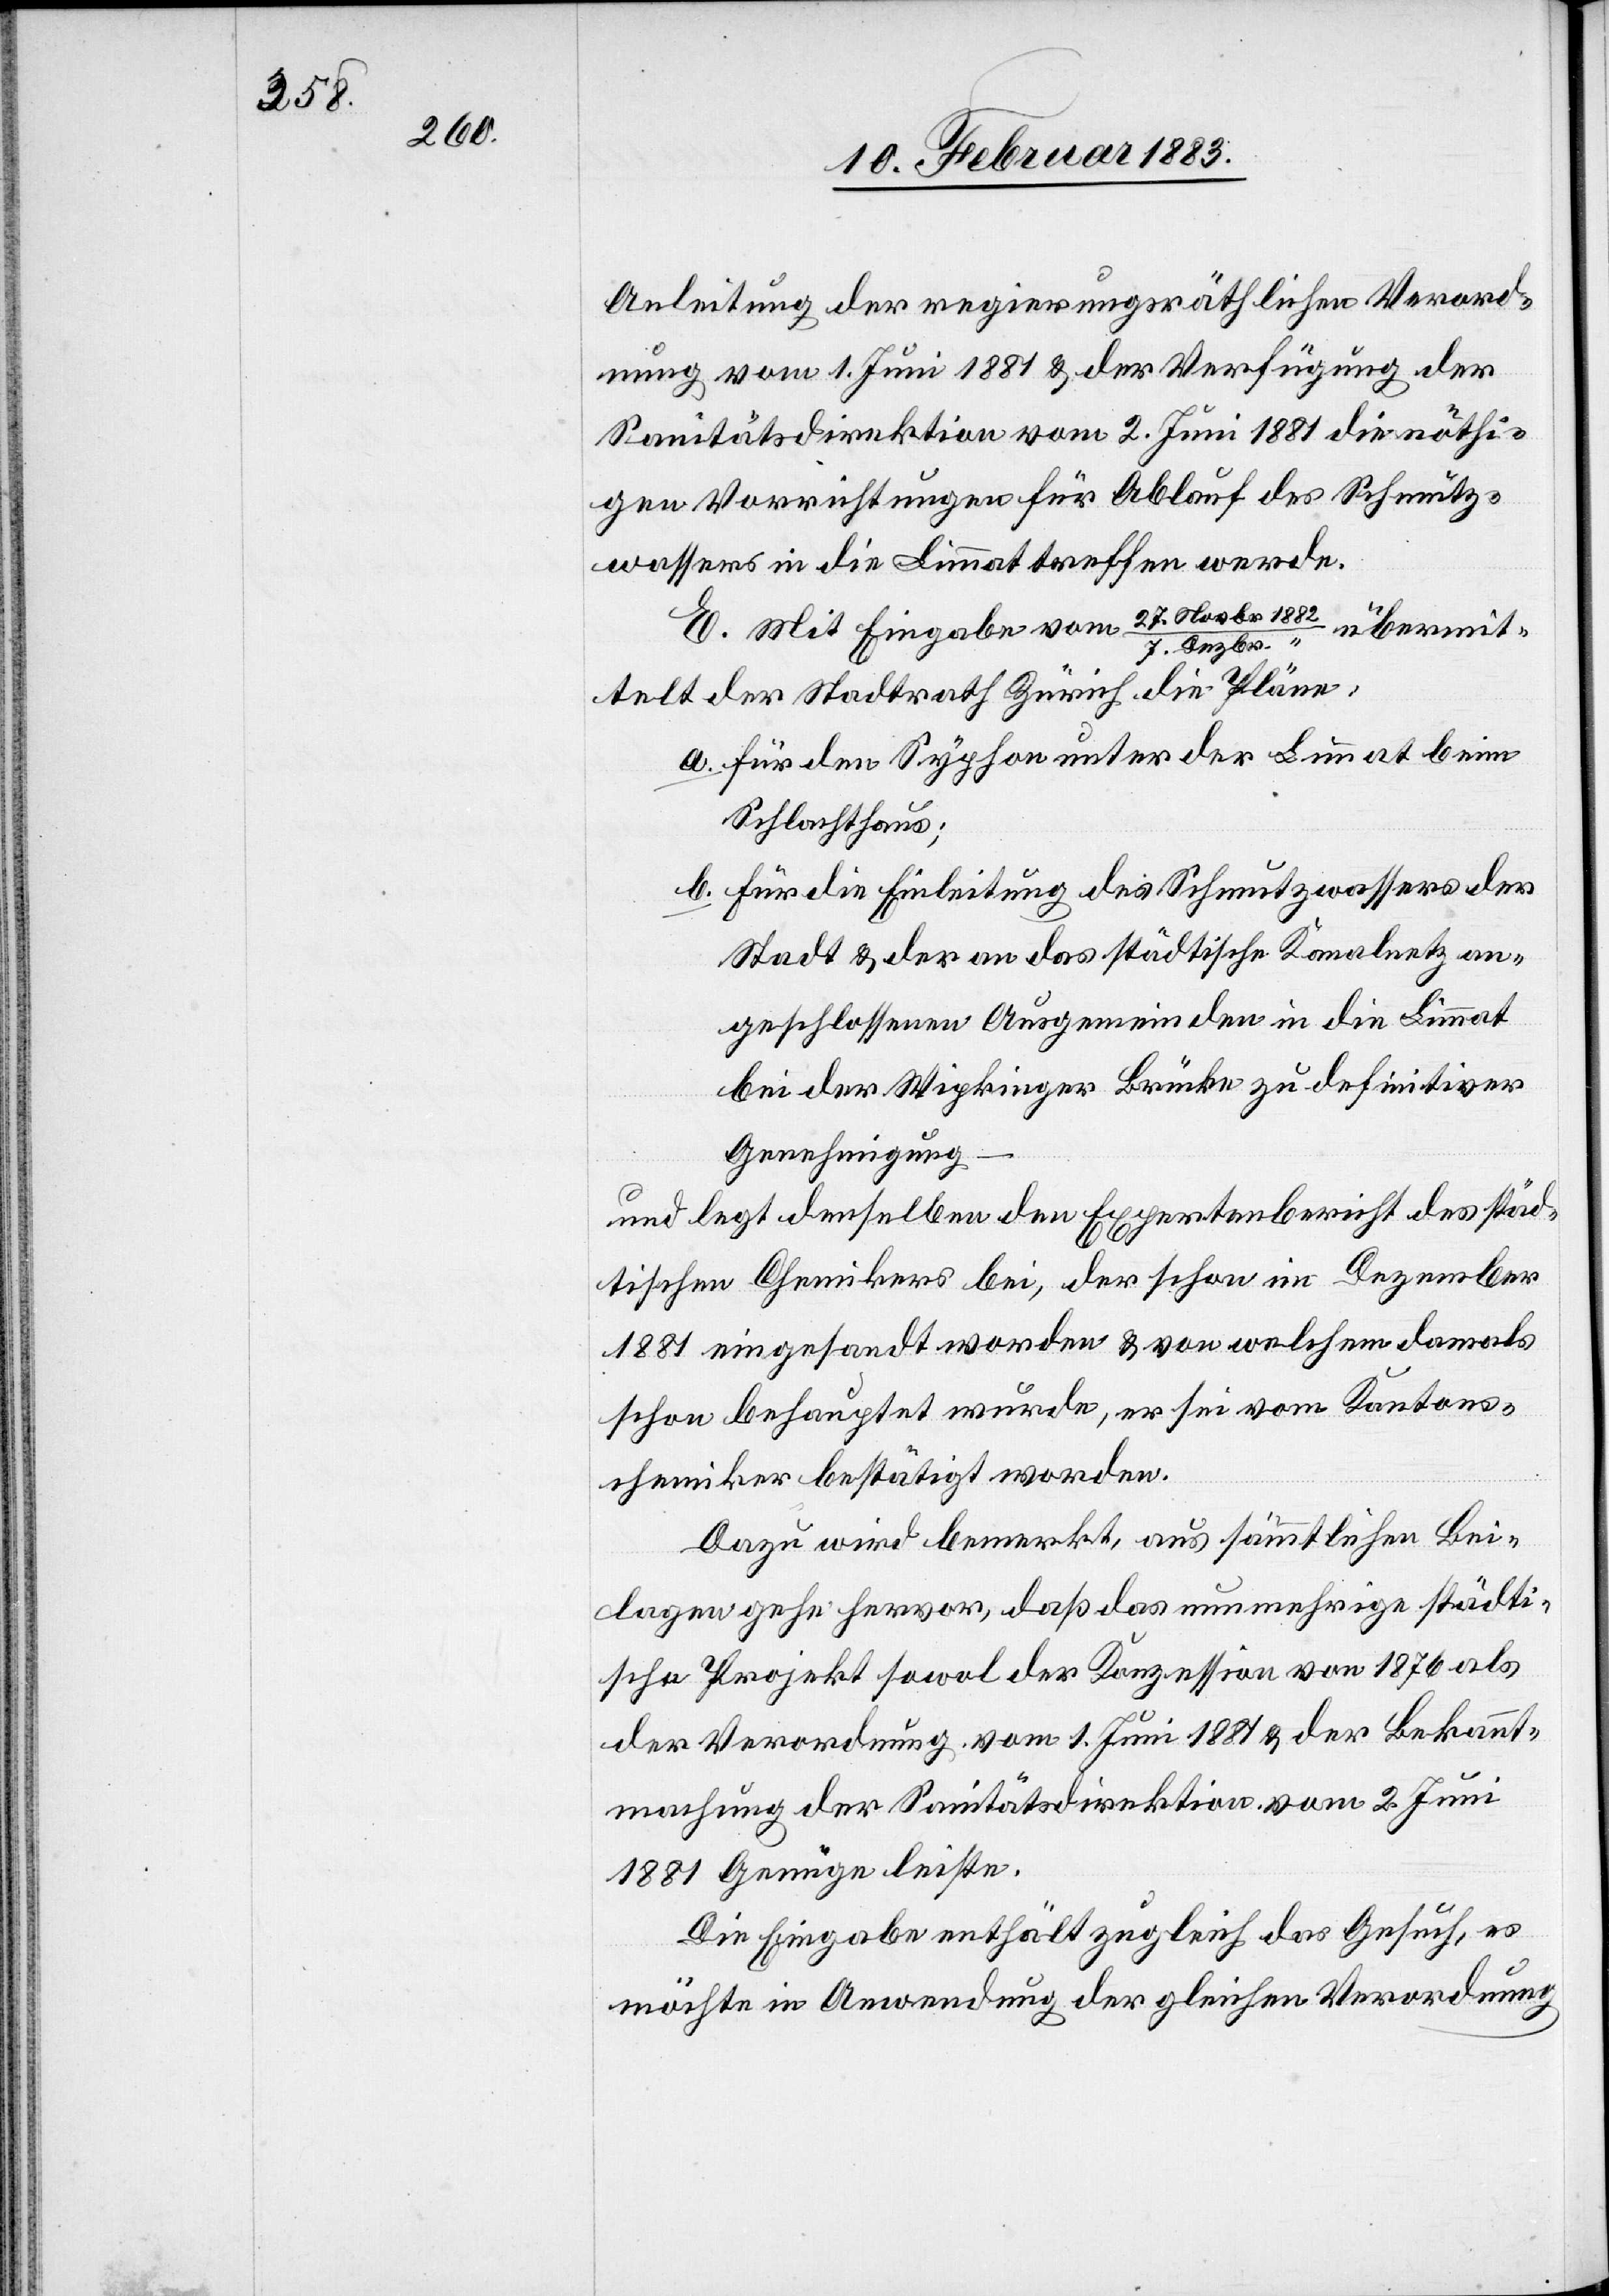
Anleitung der regierungsräthlichen Verord¬
nung vom 1. Juni 1881 & der Verfügung der
Sanitätsdirektion vom 2. Juni 1881 die nöthi¬
gen Vorrichtungen für Ablauf des Schmutz¬
wassers in die Limmat treffen werde.
E. Mit Eingabe vom 27. Novbr 1882
übermit¬
telt der Stadtrath Zürich die Pläne:
a. für den Syphon unter der Limmat beim
Schlachthaus;
b. für die Einleitung des Schmutzwassers der
Stadt & der an das städtische Kanalnetz an¬
geschlossenen Ausgemeinden in die Limmat
bei der Wipkinger Brücke zu definitiver
Genehmigung
und legt denselben den Expertenbericht des städ¬
tischen Chemikers bei, der schon im Dezember
1881 eingesandt worden & von welchem damals
schon behauptet wurde, er sei vom Kantons¬
chemiker bestätigt worden.
Dazu wird bemerkt, aus sämmtlichen Bei¬
lagen gehe hervor, daß das nunmehrige städti¬
sche Projekt sowol der Konzession von 1876 als
der Verordnung vom 1. Juni 1881 & der Bekannt¬
machung der Sanitätsdirektion vom 2. Juni
1881 Genüge leiste.
Die Eingabe enthält zugleich das Gesuch, es
möchte in Anwendung der gleichen Verordnung